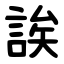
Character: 誒